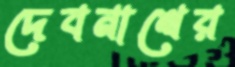
দেবনাথের